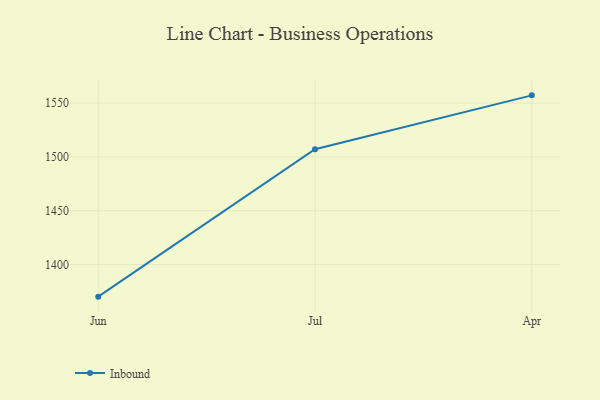
{"axis": {"x": "Month", "y": "Operating Costs (USD K)"}, "legend": ["Inbound"], "data": [{"x": "Jun", "y": 1370.2, "type": "Inbound"}, {"x": "Jul", "y": 1507.1, "type": "Inbound"}, {"x": "Apr", "y": 1557.2, "type": "Inbound"}]}